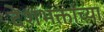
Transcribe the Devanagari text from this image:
देशभक्तांच्या